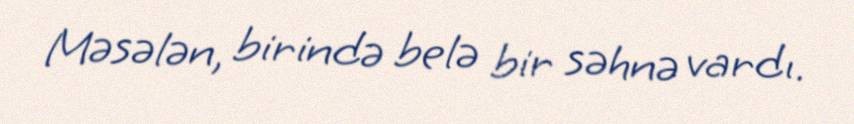
Məsələn, birində belə bir səhnə vardı.